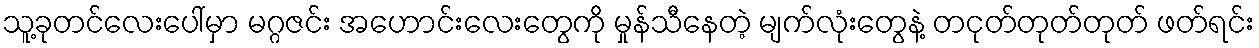
သူ့ခုတင်လေးပေါ်မှာ မဂ္ဂဇင်း အဟောင်းလေးတွေကို မှုန်သီနေတဲ့ မျက်လုံးတွေနဲ့ တငုတ်တုတ်တုတ် ဖတ်ရင်း